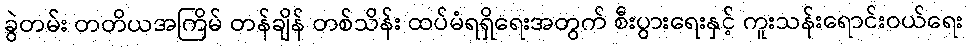
ခွဲတမ်း တတိယအကြိမ် တန်ချိန် တစ်သိန်း ထပ်မံရရှိရေးအတွက် စီးပွားရေးနှင့် ကူးသန်းရောင်းဝယ်ရေး